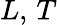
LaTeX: L,\, T